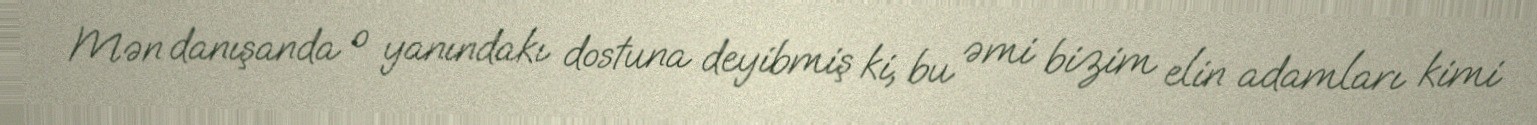
Mən danışanda o yanındakı dostuna deyibmiş ki, bu əmi bizim elin adamları kimi